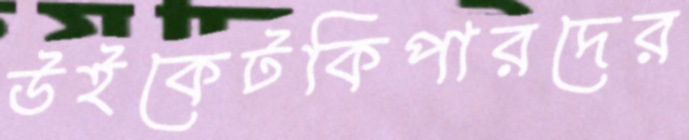
উইকেটকিপারদের